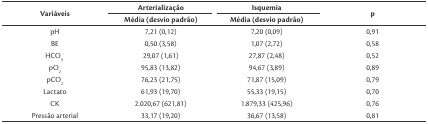
| <ROWSPAN=2> Variáveis | Arterialização | Isquemia | <ROWSPAN=2> p |
 | Média (desvio padrão) | Média (desvio padrão) |
 | --- | --- | --- | --- |
 | pH | 7,21 (0,12) | 7,20 (0,09) | 0,91 |
 | BE | 0,50 (3,58) | 1,07 (2,72) | 0,58 |
 | HCO3- | 29,07 (1,61) | 27,87 (2,48) | 0,52 |
 | pO2 | 95,83 (13,82) | 94,67 (3,89) | 0,89 |
 | pCO2 | 76,23 (21,75) | 71,87 (15,09) | 0,79 |
 | Lactato | 61,93 (19,70) | 55,33 (19,15) | 0,70 |
 | CK | 2.020,67 (621,81) | 1.879,33 (425,96) | 0,76 |
 | Pressão arterial | 33,17 (19,20) | 36,67 (13,58) | 0,81 |